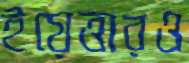
ইয়েত্তারও